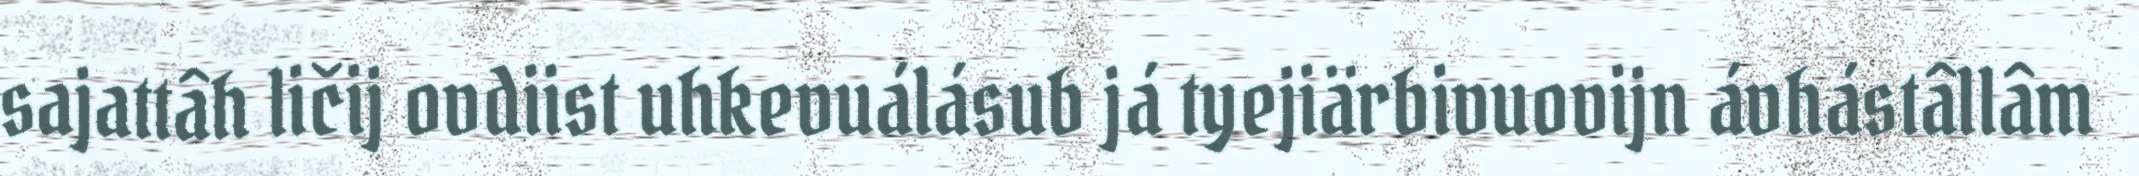
sajattâh ličij ovdiist uhkevuálásub já tyejiärbivuovijn ávhástâllâm